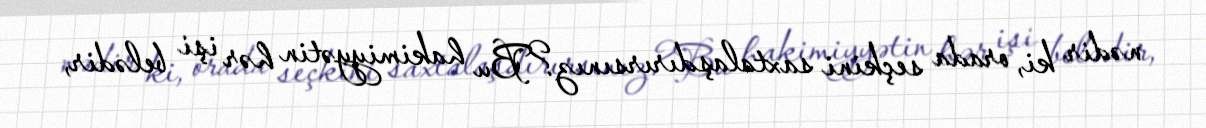
nədir ki, orada seçkini saxtalaşdırırsınız?Bu hakimiyyətin hər işi belədir,